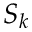
S _ { k }